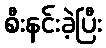
စီးနင်းခဲ့ပြီး